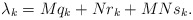
\begin{align*}\lambda_{k}=M q_{k}+N r_{k}+M N s_{k}.\end{align*}